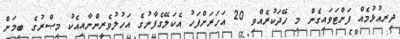
ދިރއުޅުމެއް ފަށްޓަވައިގެން މި ހޭދަކުރެއްވި 20 އަހަރަށްފަހު އެކަލޭގެފާނުގެ އަހުލުވެރީންނާއިއެކު މިޞްރުގެ ބިމަށް